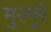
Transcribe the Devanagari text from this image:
मुरमुरे